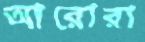
আরোরা